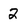
Character: 2